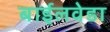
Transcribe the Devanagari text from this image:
बाईलवेडा